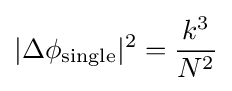
|\Delta \phi _{\text{single}}|^{2}={\frac {k^{3}}{N^{2}}}